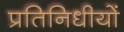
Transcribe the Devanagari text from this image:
प्रतिनिधीयों